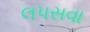
લપસવા